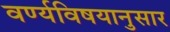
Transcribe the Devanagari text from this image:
वर्ण्यविषयानुसार